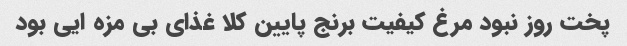
پخت روز نبود مرغ کیفیت برنج پایین کلا غذای بی مزه ایی بود